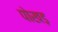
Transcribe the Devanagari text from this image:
पोखड़